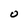
Character: O